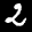
Label: 2